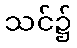
သင်၌